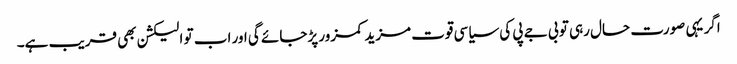
اگر یہی صورت حال رہی تو بی جے پی کی سیاسی قوت مزید کمزور پڑجائے گی اور اب تو الیکشن بھی قریب ہے۔